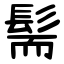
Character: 髵